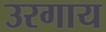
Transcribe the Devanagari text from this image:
उरगाय